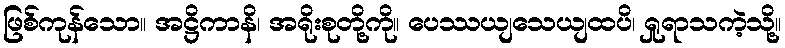
ဖြစ်ကုန်သော။ အဋ္ဌိကာနိ၊ အရိုးစုတို့ကို။ ပေဿယျသေယျထပိ၊ ရှုရာသကဲ့သို့။